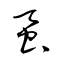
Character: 蚕